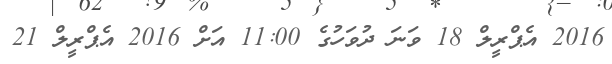
2016 އެޕްރީލް 18 ވަނަ ދުވަހުގެ 11:00 އަށް 2016 އެޕްރީލް 21